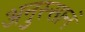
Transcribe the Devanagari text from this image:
अनुस्सानं